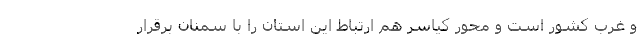
و غرب کشور است و محور کیاسر هم ارتباط این استان را با سمنان برقرار